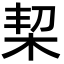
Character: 栔